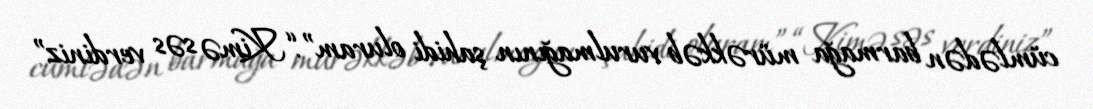
cümlədən barmağa mürəkkəb vurulmağının şahidi oluram”.“Kimə səs verdiniz”